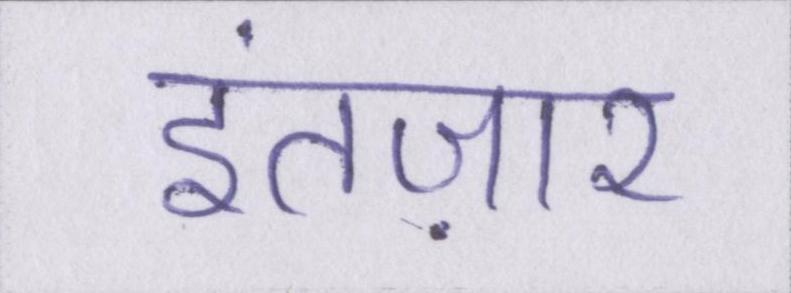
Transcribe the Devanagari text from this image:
इंतज़ार